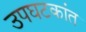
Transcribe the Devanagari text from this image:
उपघटकांत